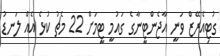
ގުޓިއެރޭޒް ވަނީ އާޖެންޓީނާގެ ގައުމީ ޓީމަށް 22 މެޗު ކުޅެ އެއް ލަނޑު